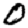
Digit: 0